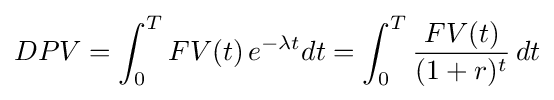
DPV=\int _{0}^{T}FV(t)\,e^{-\lambda t}dt=\int _{0}^{T}{\frac {FV(t)}{(1+r)^{t}}}\,dt